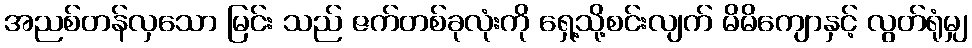
အညစ်တန်လှသော မြင်း သည် ဇက်တစ်ခုလုံးကို ရှေ့သို့စင်းလျက် မိမိကျောနှင့် လွတ်ရုံမျှ